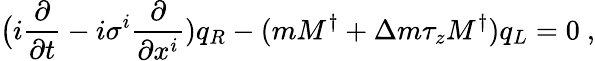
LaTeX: \big(i\frac{\partial}{\partial t}-i\sigma^{i}\frac{\partial}{\partial x^{i}})q_{R}-(mM^{\dagger}+\Delta m\tau_{z}M^{\dagger})q_{L}=0\ ,